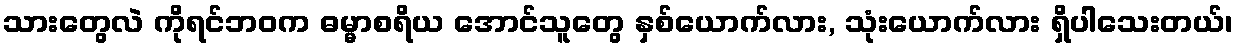
သားတွေလဲ ကိုရင်ဘဝက ဓမ္မာစရိယ အောင်သူတွေ နှစ်ယောက်လား, သုံးယောက်လား ရှိပါသေးတယ်၊